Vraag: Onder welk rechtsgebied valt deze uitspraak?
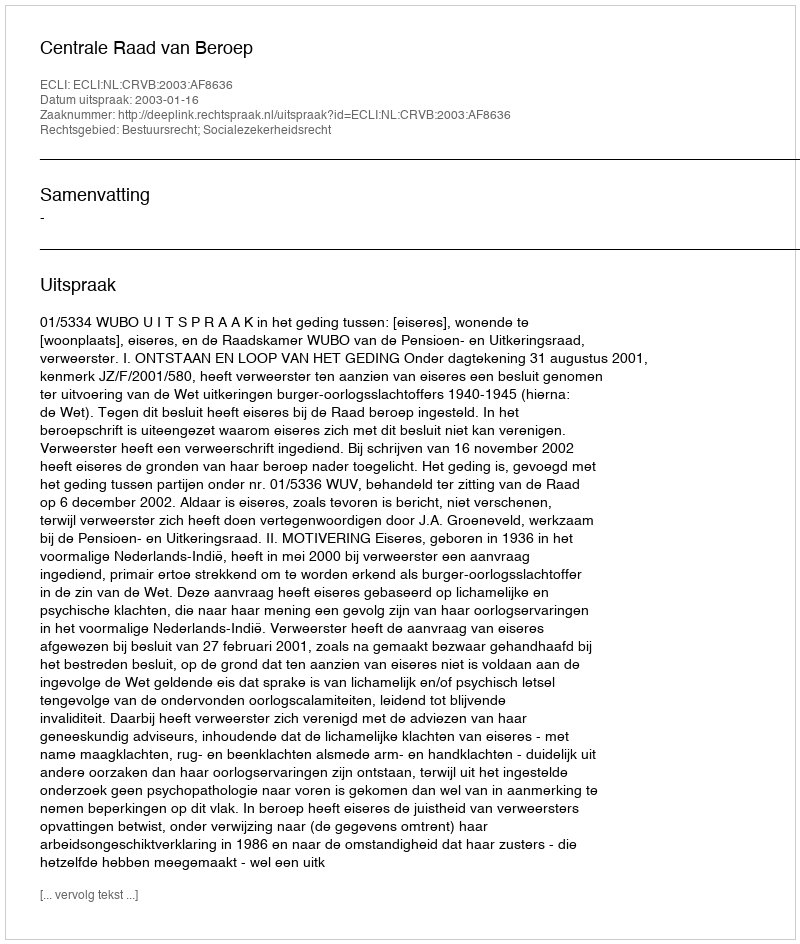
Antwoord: Bestuursrecht; Socialezekerheidsrecht